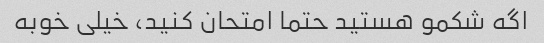
اگه شکمو هستید حتما امتحان کنید، خیلی خوبه